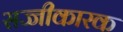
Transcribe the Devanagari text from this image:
सज्जीकारक